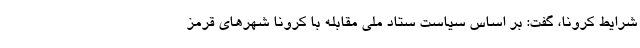
شرایط کرونا، گفت: بر اساس سیاست ستاد ملی مقابله با کرونا شهرهای قرمز